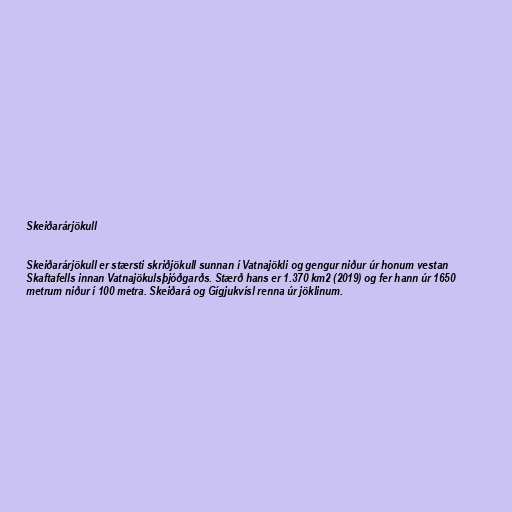
Skeiðarárjökull

Skeiðarárjökull er stærsti skriðjökull sunnan í Vatnajökli og gengur niður úr honum vestan
Skaftafells innan Vatnajökulsþjóðgarðs. Stærð hans er 1.370 km2 (2019) og fer hann úr 1650
metrum niður í 100 metra. Skeiðará og Gígjukvísl renna úr jöklinum.